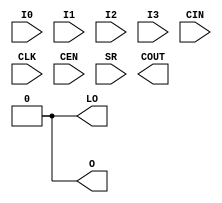
module ICESTORM_LC (
	input I0, I1, I2, I3, CIN, CLK, CEN, SR,
	output LO, O, COUT
);
	parameter [15:0] LUT_INIT = 0;

	parameter [0:0] NEG_CLK      = 0;
	parameter [0:0] CARRY_ENABLE = 0;
	parameter [0:0] DFF_ENABLE   = 0;
	parameter [0:0] SET_NORESET  = 0;
	parameter [0:0] ASYNC_SR     = 0;

	wire COUT = CARRY_ENABLE ? (I1 && I2) || ((I1 || I2) && CIN) : 1'bx;

	wire [7:0] lut_s3 = I3 ? LUT_INIT[15:8] : LUT_INIT[7:0];
	wire [3:0] lut_s2 = I2 ?   lut_s3[ 7:4] :   lut_s3[3:0];
	wire [1:0] lut_s1 = I1 ?   lut_s2[ 3:2] :   lut_s2[1:0];
	wire       lut_o  = I0 ?   lut_s1[   1] :   lut_s1[  0];

	assign LO = lut_o;

	wire polarized_clk;
	assign polarized_clk = CLK ^ NEG_CLK;

	reg o_reg;
	always @(posedge polarized_clk)
		if (CEN)
			o_reg <= SR ? SET_NORESET : lut_o;

	reg o_reg_async;
	always @(posedge polarized_clk, posedge SR)
		if (SR)
			o_reg <= SET_NORESET;
		else if (CEN)
			o_reg <= lut_o;

	assign O = DFF_ENABLE ? ASYNC_SR ? o_reg_async : o_reg : lut_o;
endmodule